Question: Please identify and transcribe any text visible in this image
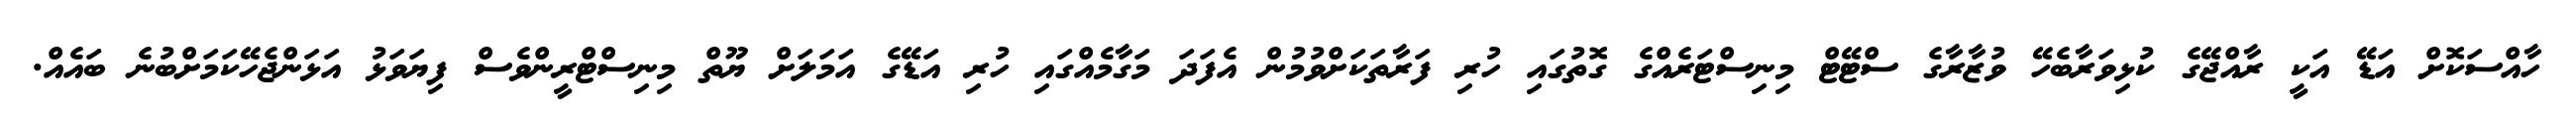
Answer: ހާއްސަކޮށް އަޑޭ އަކީ ރާއްޖޭގެ ކުޅިވަރާބެހޭ ވުޒާރާގެ ސްޓޭޓް މިނިސްޓަރެއްގެ ގޮތުގައި ހުރި ފަރާތަކަށްވުމުން އެފަދަ މަގާމެއްގައި ހުރި އަޑޭގެ އަމަލަށް ޔޫތް މިނިސްޓްރީންވެސް ފިޔަވަޅު އަޅަންޖެހޭކަމަށްބުނެ ބައެއް.